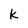
Character: k